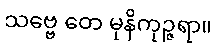
သဗ္ဗေ တေ မုနိကုဉ္ဇရာ။